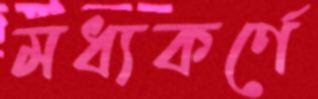
মধ্যকর্ণে